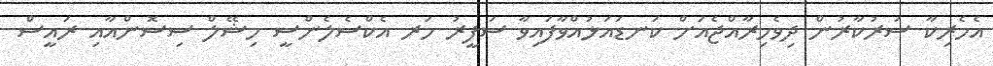
އެމެރިކާ ސަރުކާރުން ދިވެހިރާއްޖެއަށް ކަނޑައަޅުއްވާފައިވާ ސަފީރު ހަރ އެކްސެލެންސީ މިޝޭލް ސިސޮންއާއި ރައީސް